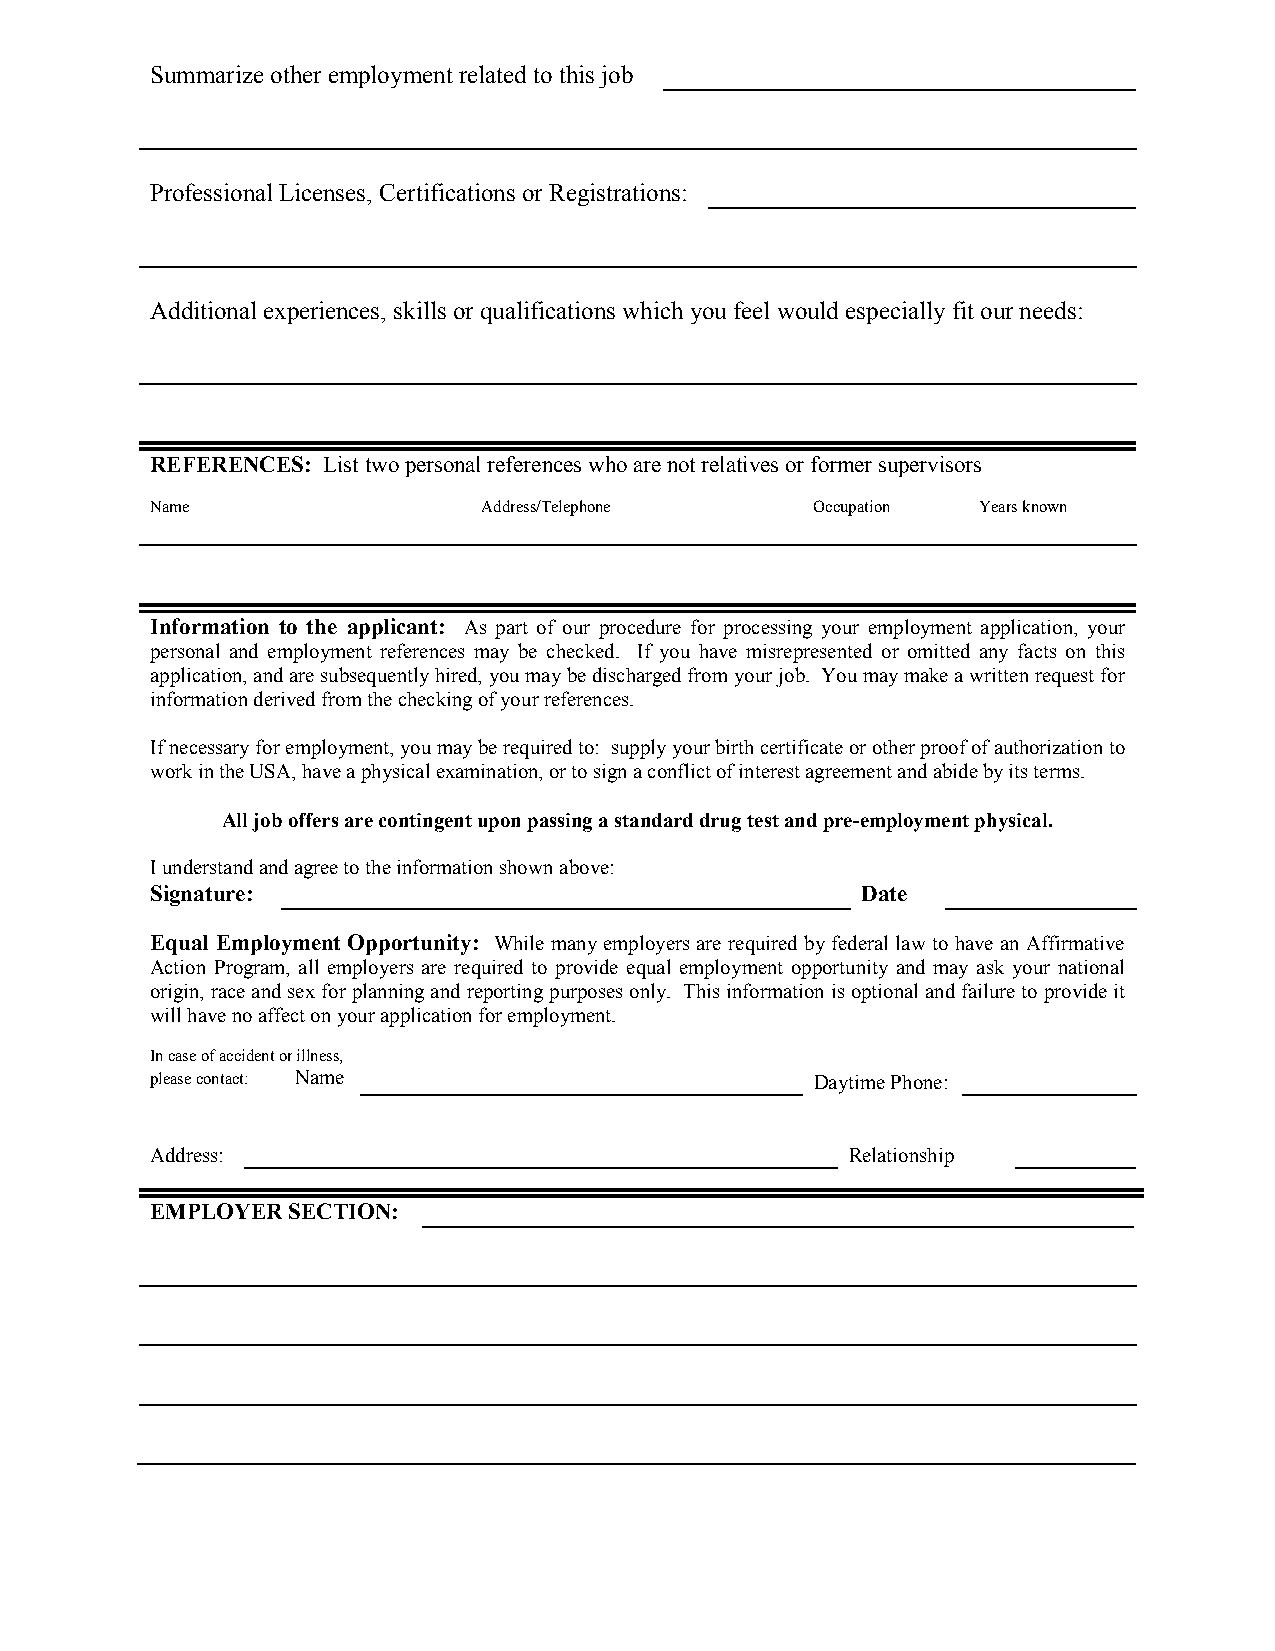
Summarizeotheremployment relatedtothis job
 Professional Licenses, Certifications orRegistrations:
 Additional experiences, skills orqualifications which youfeel wouldespeciallyfit ourneeds:
 REFERENCES: Listtwopersonalreferenceswhoarenotrelativesorformersupervisors
 Name                  Address/Telephone     Occupation Yearsknown
 Information to the applicant: As part of our procedure for processing your employment application, your
 personal and employment references may be checked. If you have misrepresented or omitted any facts on this
 application,andaresubsequentlyhired,youmaybedischargedfromyourjob. Youmaymakeawrittenrequestfor
 informationderivedfromthecheckingofyourreferences.
 Ifnecessaryforemployment,youmayberequiredto: supplyyourbirthcertificateorotherproofofauthorizationto
 workintheUSA,haveaphysicalexamination,ortosignaconflictofinterestagreementandabidebyitsterms.
 Alljoboffersarecontingentuponpassingastandarddrugtestandpre-employmentphysical.
 Iunderstandandagreetotheinformationshownabove:
 Signature:                                     Date
 Equal Employment Opportunity: While manyemployers are required byfederal law to have an Affirmative
 Action Program, all employers are required to provide equal employment opportunity and may ask your national
 origin,raceandsexforplanningandreportingpurposesonly. Thisinformationisoptionalandfailuretoprovideit
 willhavenoaffectonyourapplicationforemployment.
 Incaseofaccidentorillness,
 pleasecontact: Name                         DaytimePhone:
 Address:                                      Relationship
 EMPLOYERSECTION: